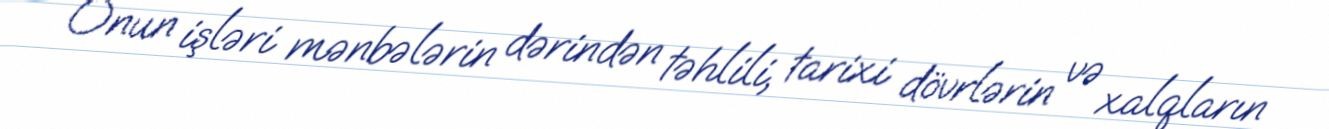
Onun işləri mənbələrin dərindən təhlili, tarixi dövrlərin və xalqların